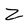
Character: Z